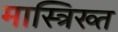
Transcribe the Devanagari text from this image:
मास्त्रिख्त